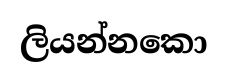
ලියන්නකො